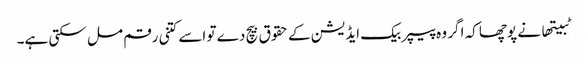
ٹبیتھا نے پوچھا کہ اگر وہ پیپر بیک ایڈیشن کے حقوق بیچ دے تو اسے کتنی رقم مل سکتی ہے۔